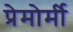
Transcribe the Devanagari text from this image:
प्रेमोर्मी